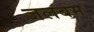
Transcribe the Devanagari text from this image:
जलबम